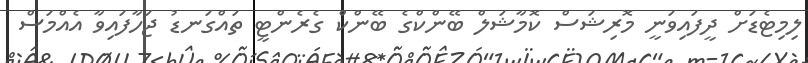
ލިމިޓެޑަށް ދީފައިވަނީ މޮރިޝަސް ކޮމާޝަލް ބޭންކްގެ ބޭންކް ގެރެންޓީ ތައްގަނޑު ޖަހާފައިވާ އެއްމަސް